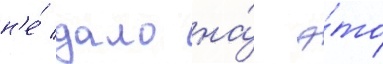
н'е́ дало на́ э́то